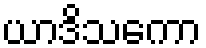
ယာဒိသကော